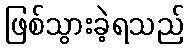
ဖြစ်သွားခဲ့ရသည်